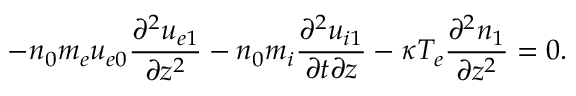
- n _ { 0 } m _ { e } u _ { e 0 } \frac { \partial ^ { 2 } u _ { e 1 } } { \partial z ^ { 2 } } - n _ { 0 } m _ { i } \frac { \partial ^ { 2 } u _ { i 1 } } { \partial t \partial z } - \kappa T _ { e } \frac { \partial ^ { 2 } n _ { 1 } } { \partial z ^ { 2 } } = 0 .